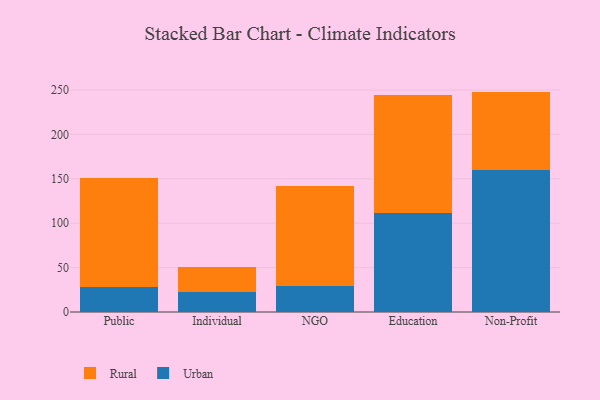
{"axis": {"x": "Segment", "y": "Gross Profit (USD K)"}, "legend": ["Rural", "Urban"], "data": [{"x": "Public", "y": 28.5, "type": "Urban"}, {"x": "Public", "y": 122.8, "type": "Rural"}, {"x": "Individual", "y": 22.0, "type": "Urban"}, {"x": "Individual", "y": 29.1, "type": "Rural"}, {"x": "NGO", "y": 29.3, "type": "Urban"}, {"x": "NGO", "y": 112.2, "type": "Rural"}, {"x": "Education", "y": 111.8, "type": "Urban"}, {"x": "Education", "y": 132.1, "type": "Rural"}, {"x": "Non-Profit", "y": 159.9, "type": "Urban"}, {"x": "Non-Profit", "y": 88.3, "type": "Rural"}]}